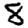
Digit: 8